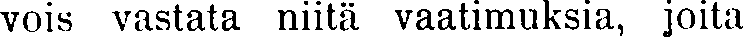
vois vastata niitä vaatimuksia, joita